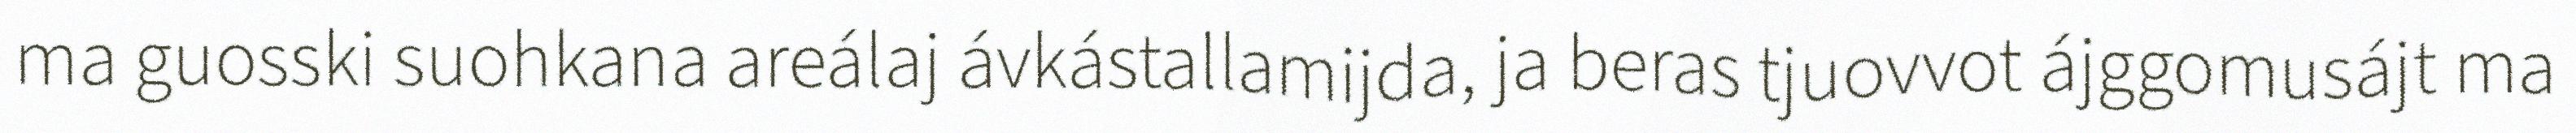
ma guosski suohkana areálaj ávkástallamijda, ja beras tjuovvot ájggomusájt ma